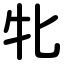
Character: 牝